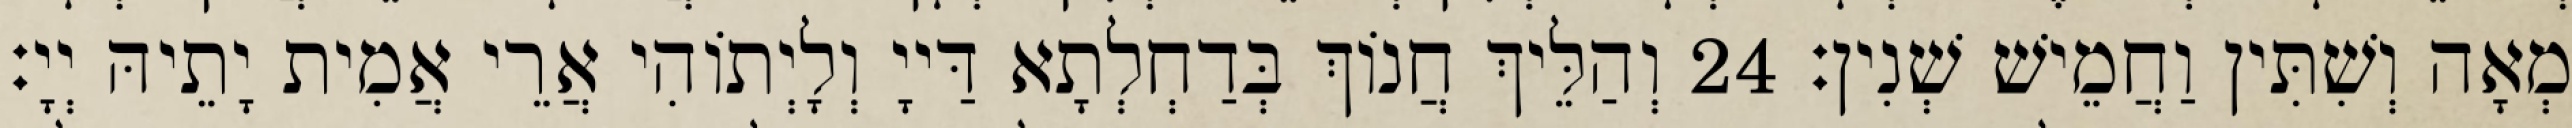
מְאָה וְשִׁתִּין וַחֲמֵישׁ שְׁנִין׃ 24 וְהַלֵּיךְ חֲנוֹךְ בְּדַחְלְתָא דַּייָ וְלָיְתוֹהִי אֲרֵי אֲמִית יָתֵיהּ יְיָ׃